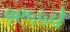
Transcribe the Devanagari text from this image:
१९५५चे